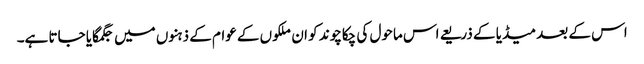
اس کے بعد میڈیا کے ذریعے اس ماحول کی چکاچوند کو ان ملکوں کے عوام کے ذہنوں میں جگمگایا جاتا ہے۔